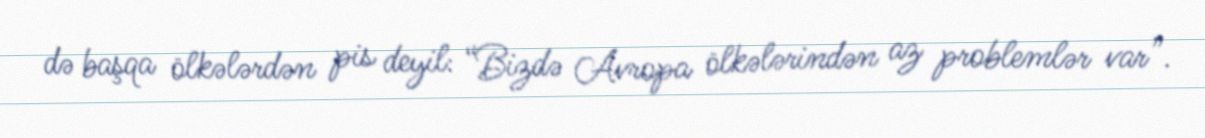
də başqa ölkələrdən pis deyil: “Bizdə Avropa ölkələrindən az problemlər var”.